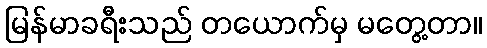
မြန်မာခရီးသည် တယောက်မှ မတွေ့တာ။